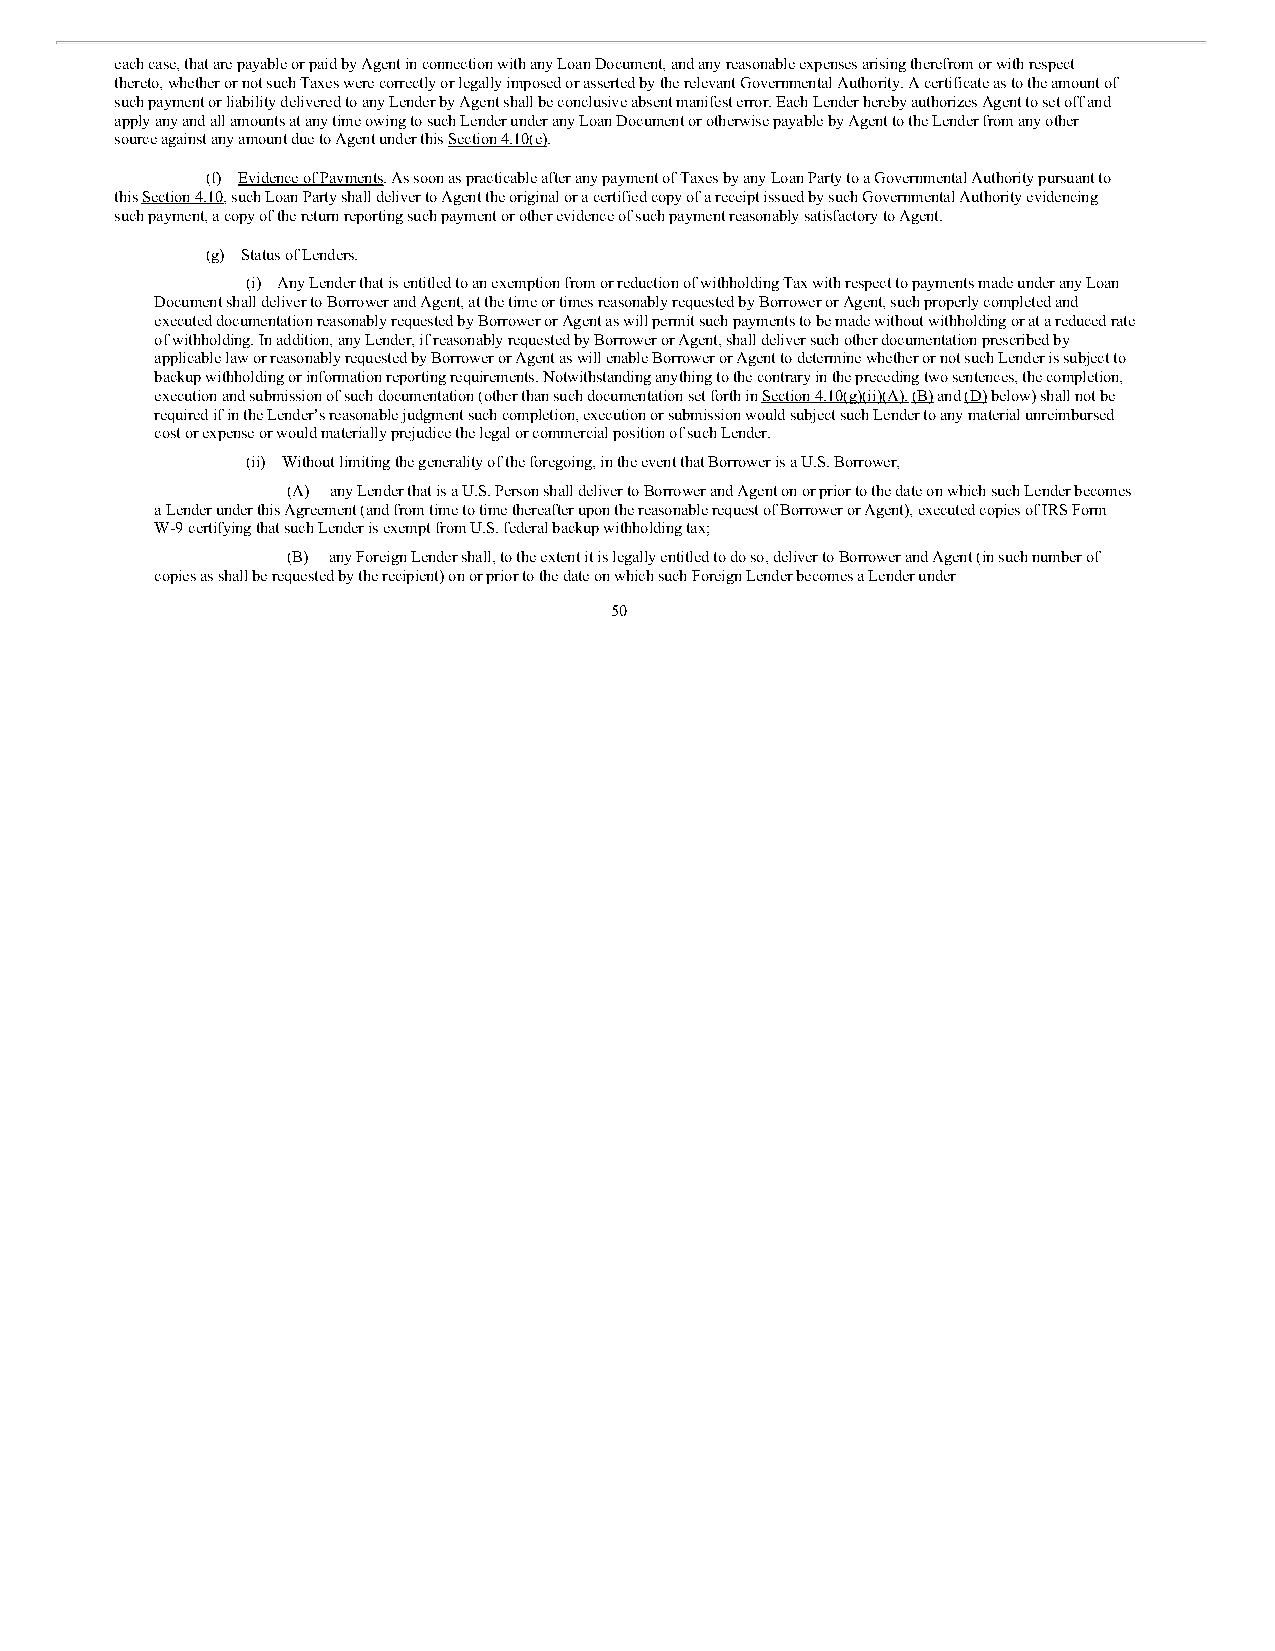
each case, that are payable or paid by Agent in connection with any Loan Document, and any reasonable expenses arising therefrom or with respect
 thereto, whether or not such Taxes were correctly or legally imposed or asserted by the relevant Governmental Authority. A certificate as to the amount of
 such payment or liability delivered to any Lender by Agent shall be conclusive absent manifest error. Each Lender hereby authorizes Agent to set off and
 apply any and all amounts at any time owing to such Lender under any Loan Document or otherwise payable by Agent to the Lender from any other
 source against any amount due to Agent under this Section 4.10(e).
 (f) Evidence of Payments. As soon as practicable after any payment of Taxes by any Loan Party to a Governmental Authority pursuant to
 this Section 4.10, such Loan Party shall deliver to Agent the original or a certified copy of a receipt issued by such Governmental Authority evidencing
 such payment, a copy of the return reporting such payment or other evidence of such payment reasonably satisfactory to Agent.
 (g) Status of Lenders.
 (i) Any Lender that is entitled to an exemption from or reduction of withholding Tax with respect to payments made under any Loan
 Document shall deliver to Borrower and Agent, at the time or times reasonably requested by Borrower or Agent, such properly completed and
 executed documentation reasonably requested by Borrower or Agent as will permit such payments to be made without withholding or at a reduced rate
 of withholding. In addition, any Lender, if reasonably requested by Borrower or Agent, shall deliver such other documentation prescribed by
 applicable law or reasonably requested by Borrower or Agent as will enable Borrower or Agent to determine whether or not such Lender is subject to
 backup withholding or information reporting requirements. Notwithstanding anything to the contrary in the preceding two sentences, the completion,
 execution and submission of such documentation (other than such documentation set forth in Section 4.10(g)(ii)(A), (B) and (D) below) shall not be
 required if in the Lender’s reasonable judgment such completion, execution or submission would subject such Lender to any material unreimbursed
 cost or expense or would materially prejudice the legal or commercial position of such Lender.
 (ii) Without limiting the generality of the foregoing, in the event that Borrower is a U.S. Borrower,
 (A) any Lender that is a U.S. Person shall deliver to Borrower and Agent on or prior to the date on which such Lender becomes
 a Lender under this Agreement (and from time to time thereafter upon the reasonable request of Borrower or Agent), executed copies of IRS Form
 W-9 certifying that such Lender is exempt from U.S. federal backup withholding tax;
 (B) any Foreign Lender shall, to the extent it is legally entitled to do so, deliver to Borrower and Agent (in such number of
 copies as shall be requested by the recipient) on or prior to the date on which such Foreign Lender becomes a Lender under
 50